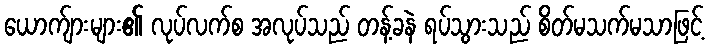
ယောက်ျားများ၏ လုပ်လက်စ အလုပ်သည် တန့်ခနဲ ရပ်သွားသည် စိတ်မသက်မသာဖြင့်